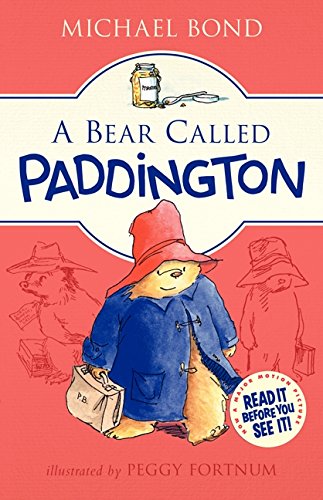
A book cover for A Bear Called Paddington; Michael Bond; Children's Books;